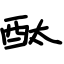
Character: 酞